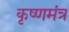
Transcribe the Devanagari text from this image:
कृष्णमंत्र